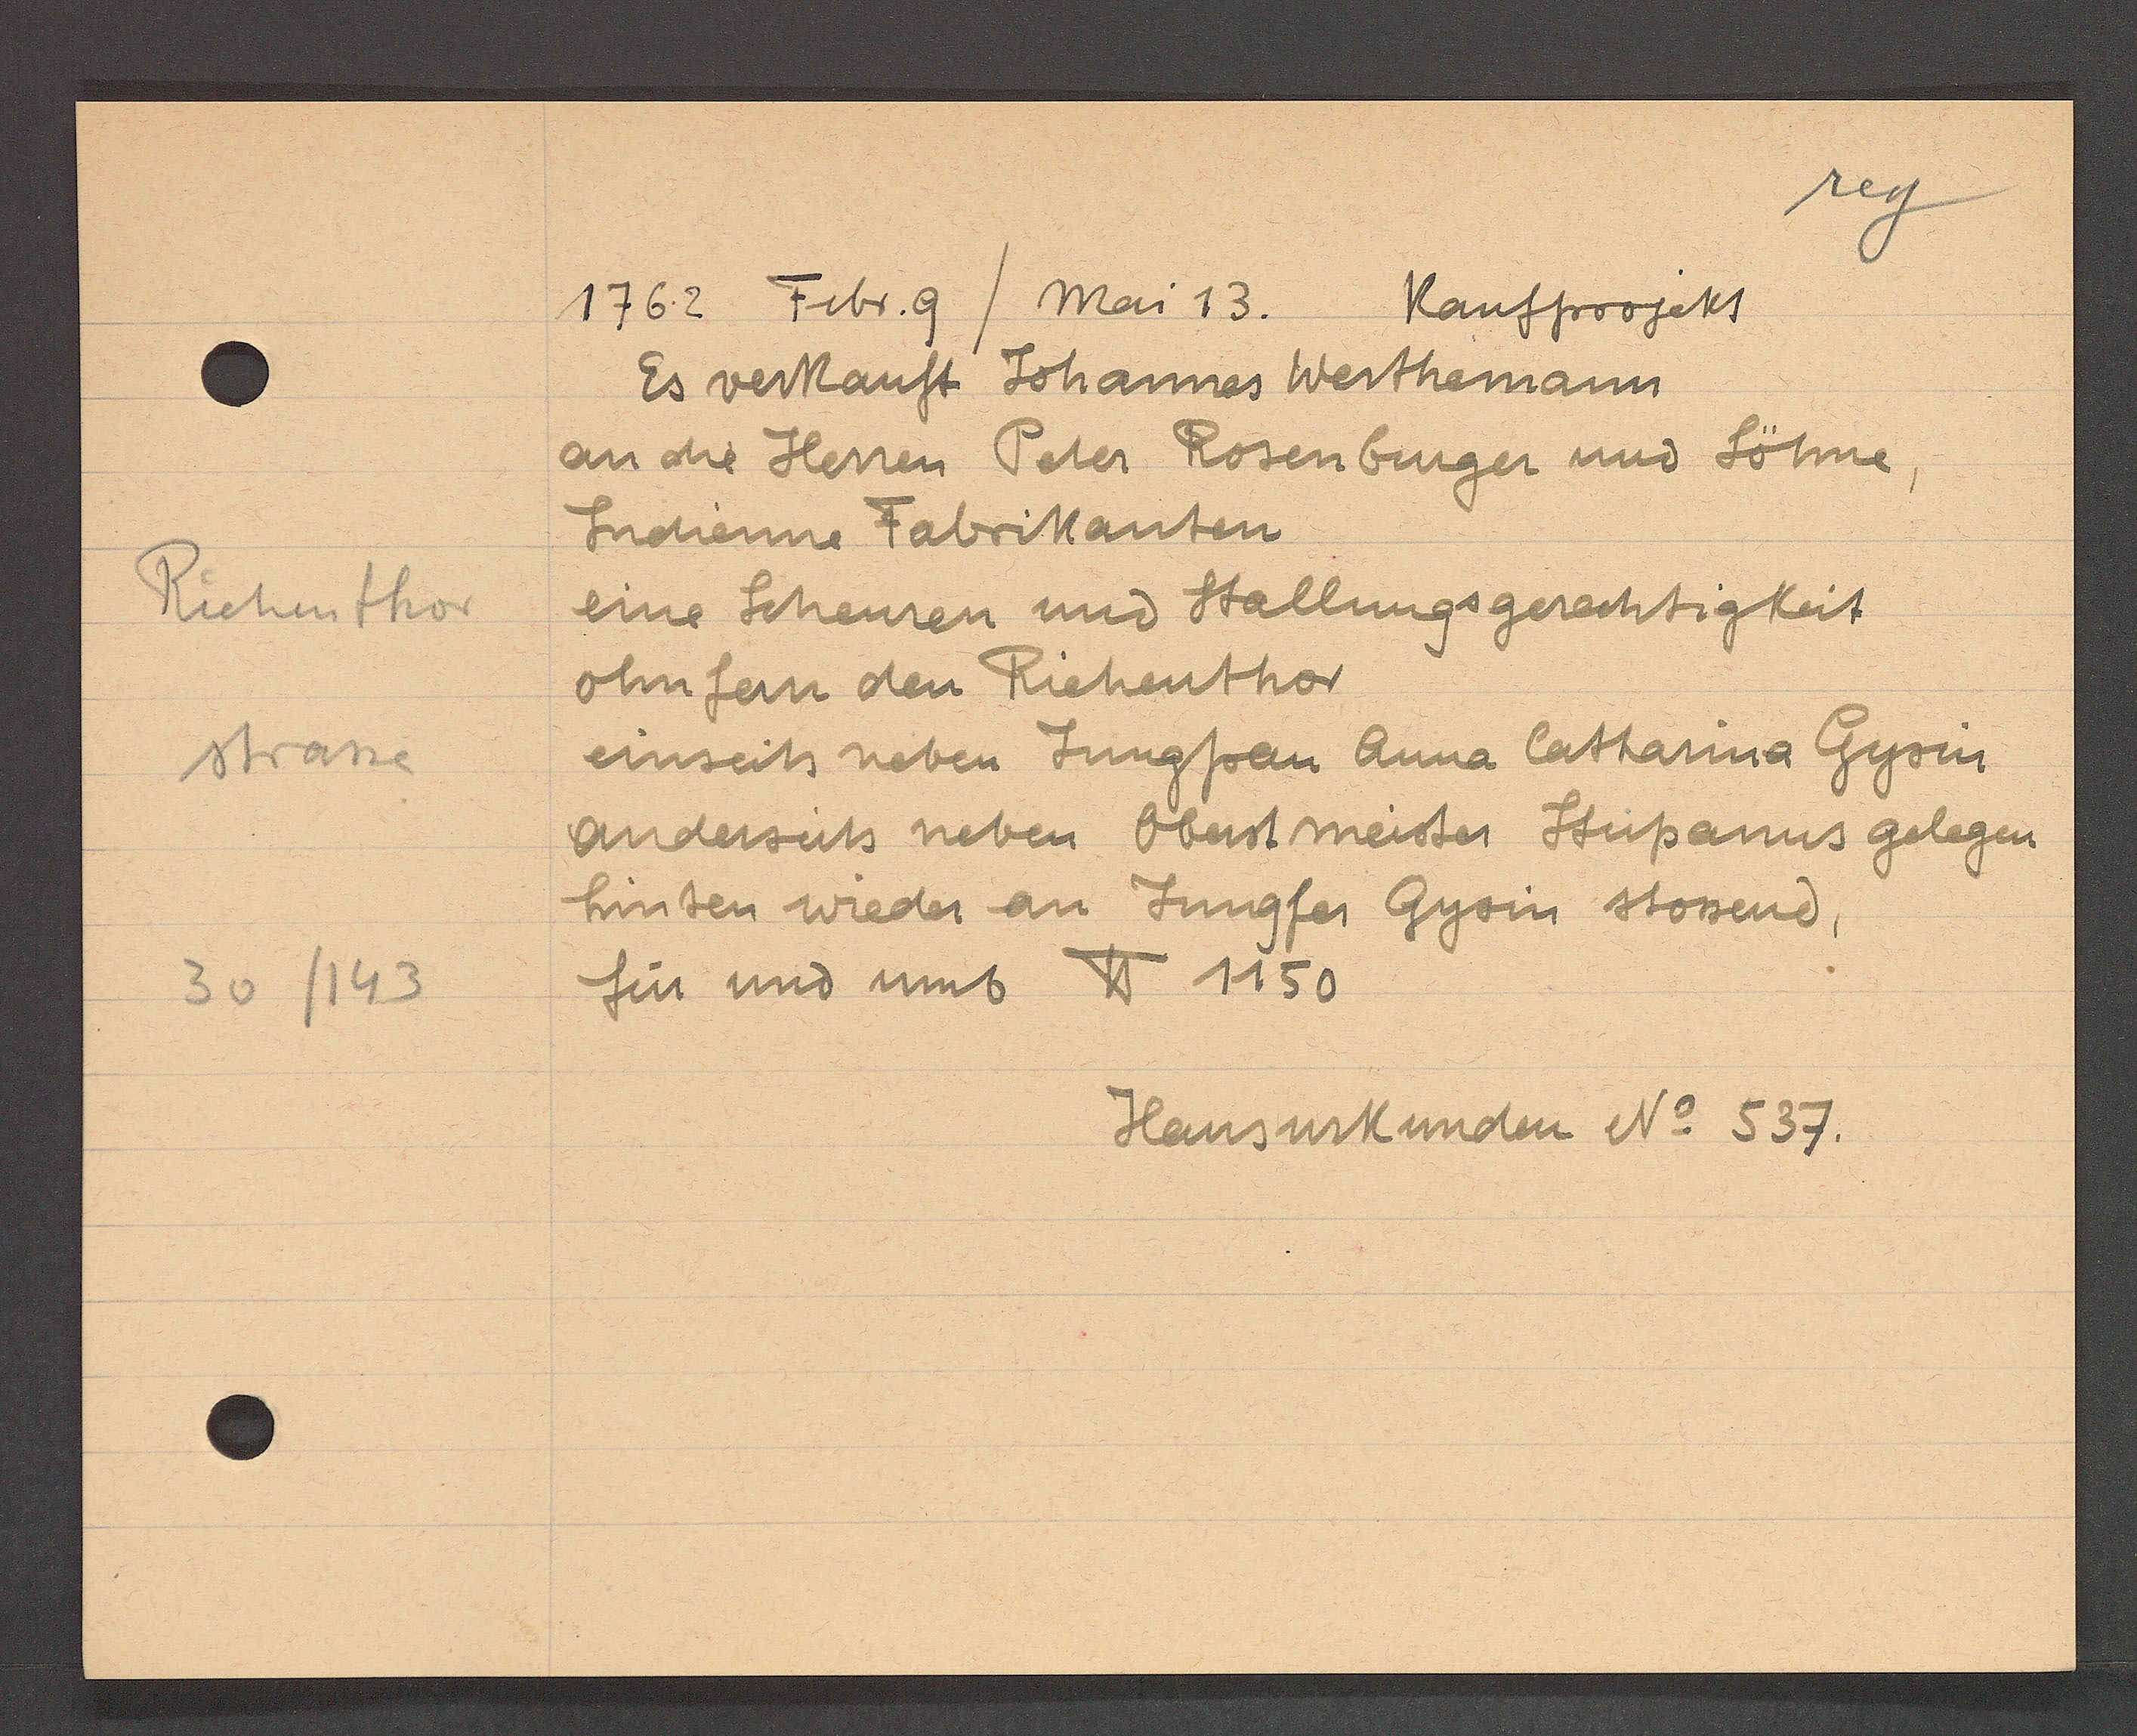
Transcript:
Riehenthor
strasse
30/143

1762. Febr. 9 / Mai 13.
Kaufprojekt

Es verkauft Johannes Werthemann,
an die Herren Peter Rosenburger und Söhne
Indienne Fabrikanten
eine Scheuren und Stallungsgerechtigkeit
ohnfern den Riehenthor
einseits neben Jungfrau Anna Catharina Gysin
anderseits neben Oberst meister Stupanus gelegen
hinten wieder an Jungfer Gysin stossend,
für und umb ℔ 1150

Hausurkunden No 537.